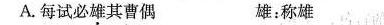
A.每试必雄其曹偶 雄：称雄